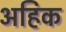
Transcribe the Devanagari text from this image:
अहिक